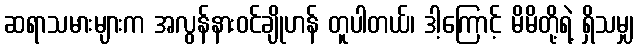
ဆရာသမားများက အလွန်နားဝင်ချိုဟန် တူပါတယ်၊ ဒါ့ကြောင့် မိမိတို့ရဲ့ ရှိသမျှ